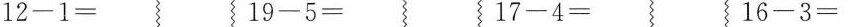
$$1 2 - 1 =$$ $$1 9 - 5 =$$ $$1 7 - 4 =$$ $$1 6 - 3 =$$